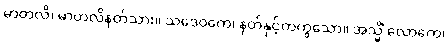
မာတလိ၊ မာတလိနတ်သား။ သဒေဝကေ၊ နတ်နှင့်တကွသော။ အသ္မိံ လောကေ၊